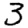
Digit: 3